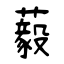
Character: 藙